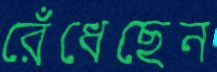
রেঁধেছেন